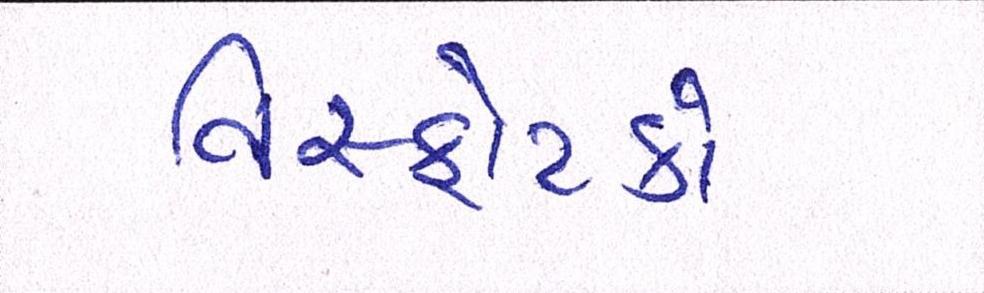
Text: વિસ્ફોટકો